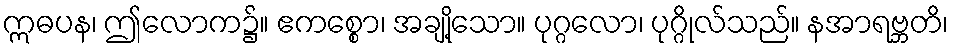
ဣဓပန၊ ဤလောက၌။ ဧကစ္စော၊ အချို့သော။ ပုဂ္ဂလော၊ ပုဂ္ဂိုလ်သည်။ နအာရဗ္ဘတိ၊